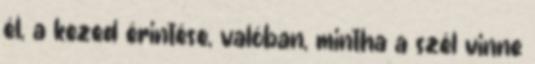
él, a kezed érintése, valóban, mintha a szél vinne